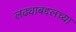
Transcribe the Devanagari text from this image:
लढ्याबद्दलच्या